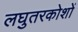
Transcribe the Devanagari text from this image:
लघुतरकोशों